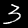
Digit: 3